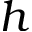
h